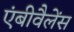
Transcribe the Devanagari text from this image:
एंबीवैलेंस